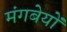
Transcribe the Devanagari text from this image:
मंगबेयों